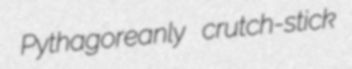
Pythagoreanly crutch-stick